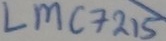
Text: LMC7215